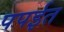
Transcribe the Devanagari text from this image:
पपईत